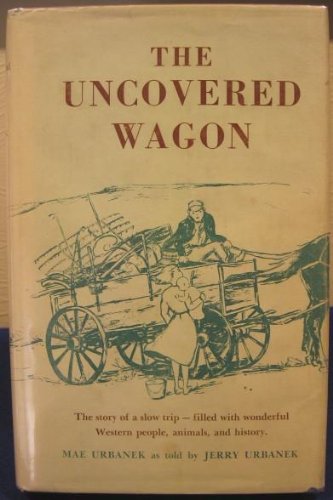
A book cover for The Uncovered Wagon; Mae Urbanek; Travel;